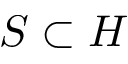
S \subset H